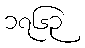
၁၇၆၃